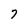
Character: 7